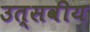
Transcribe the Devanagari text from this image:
उत्सवीय